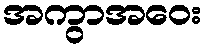
အကွာအဝေး